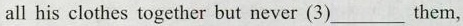
all his clothes together but never (3)___ them,